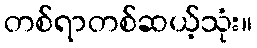
တစ်ရာတစ်ဆယ့်သုံး။